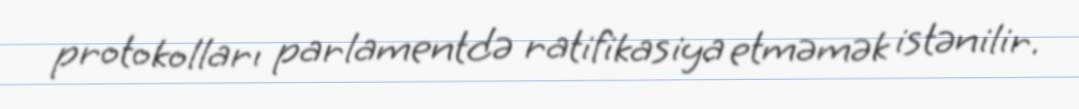
protokolları parlamentdə ratifikasiya etməmək istənilir.